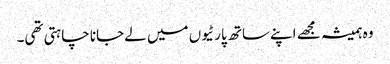
وہ ہمیشہ مجھے اپنےساتھ پارٹیوں میں لےجانا چاہتی تھی۔